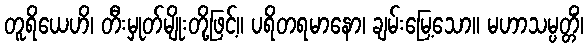
တူရိယေဟိ၊ တီးမှုတ်မျိုးတို့ဖြင့်။ ပရိတရမာနော၊ ချမ်းမြေ့သော။ မဟာသမ္ပတ္တိံ၊